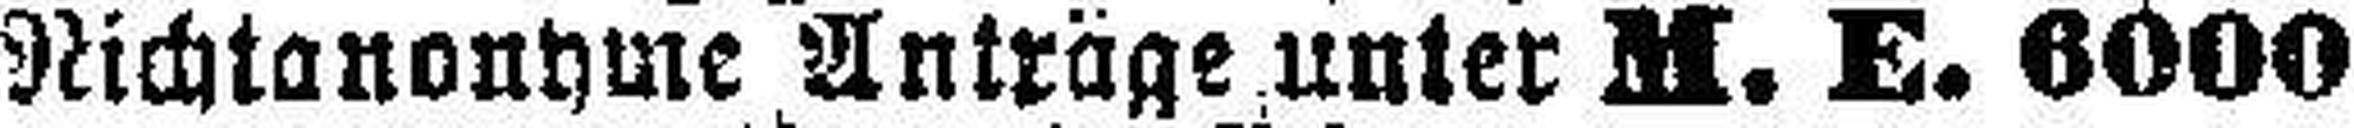
Nichtanonhme Anträge unter M. E. 6000